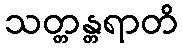
သတ္တန္တရာတိ